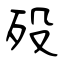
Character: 歿